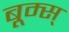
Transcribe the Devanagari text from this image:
बूम्स्